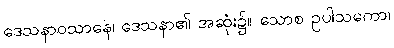
ဒေသနာဝသာနေ၊ ဒေသနာ၏ အဆုံး၌။ သောစ ဥပါသကော၊